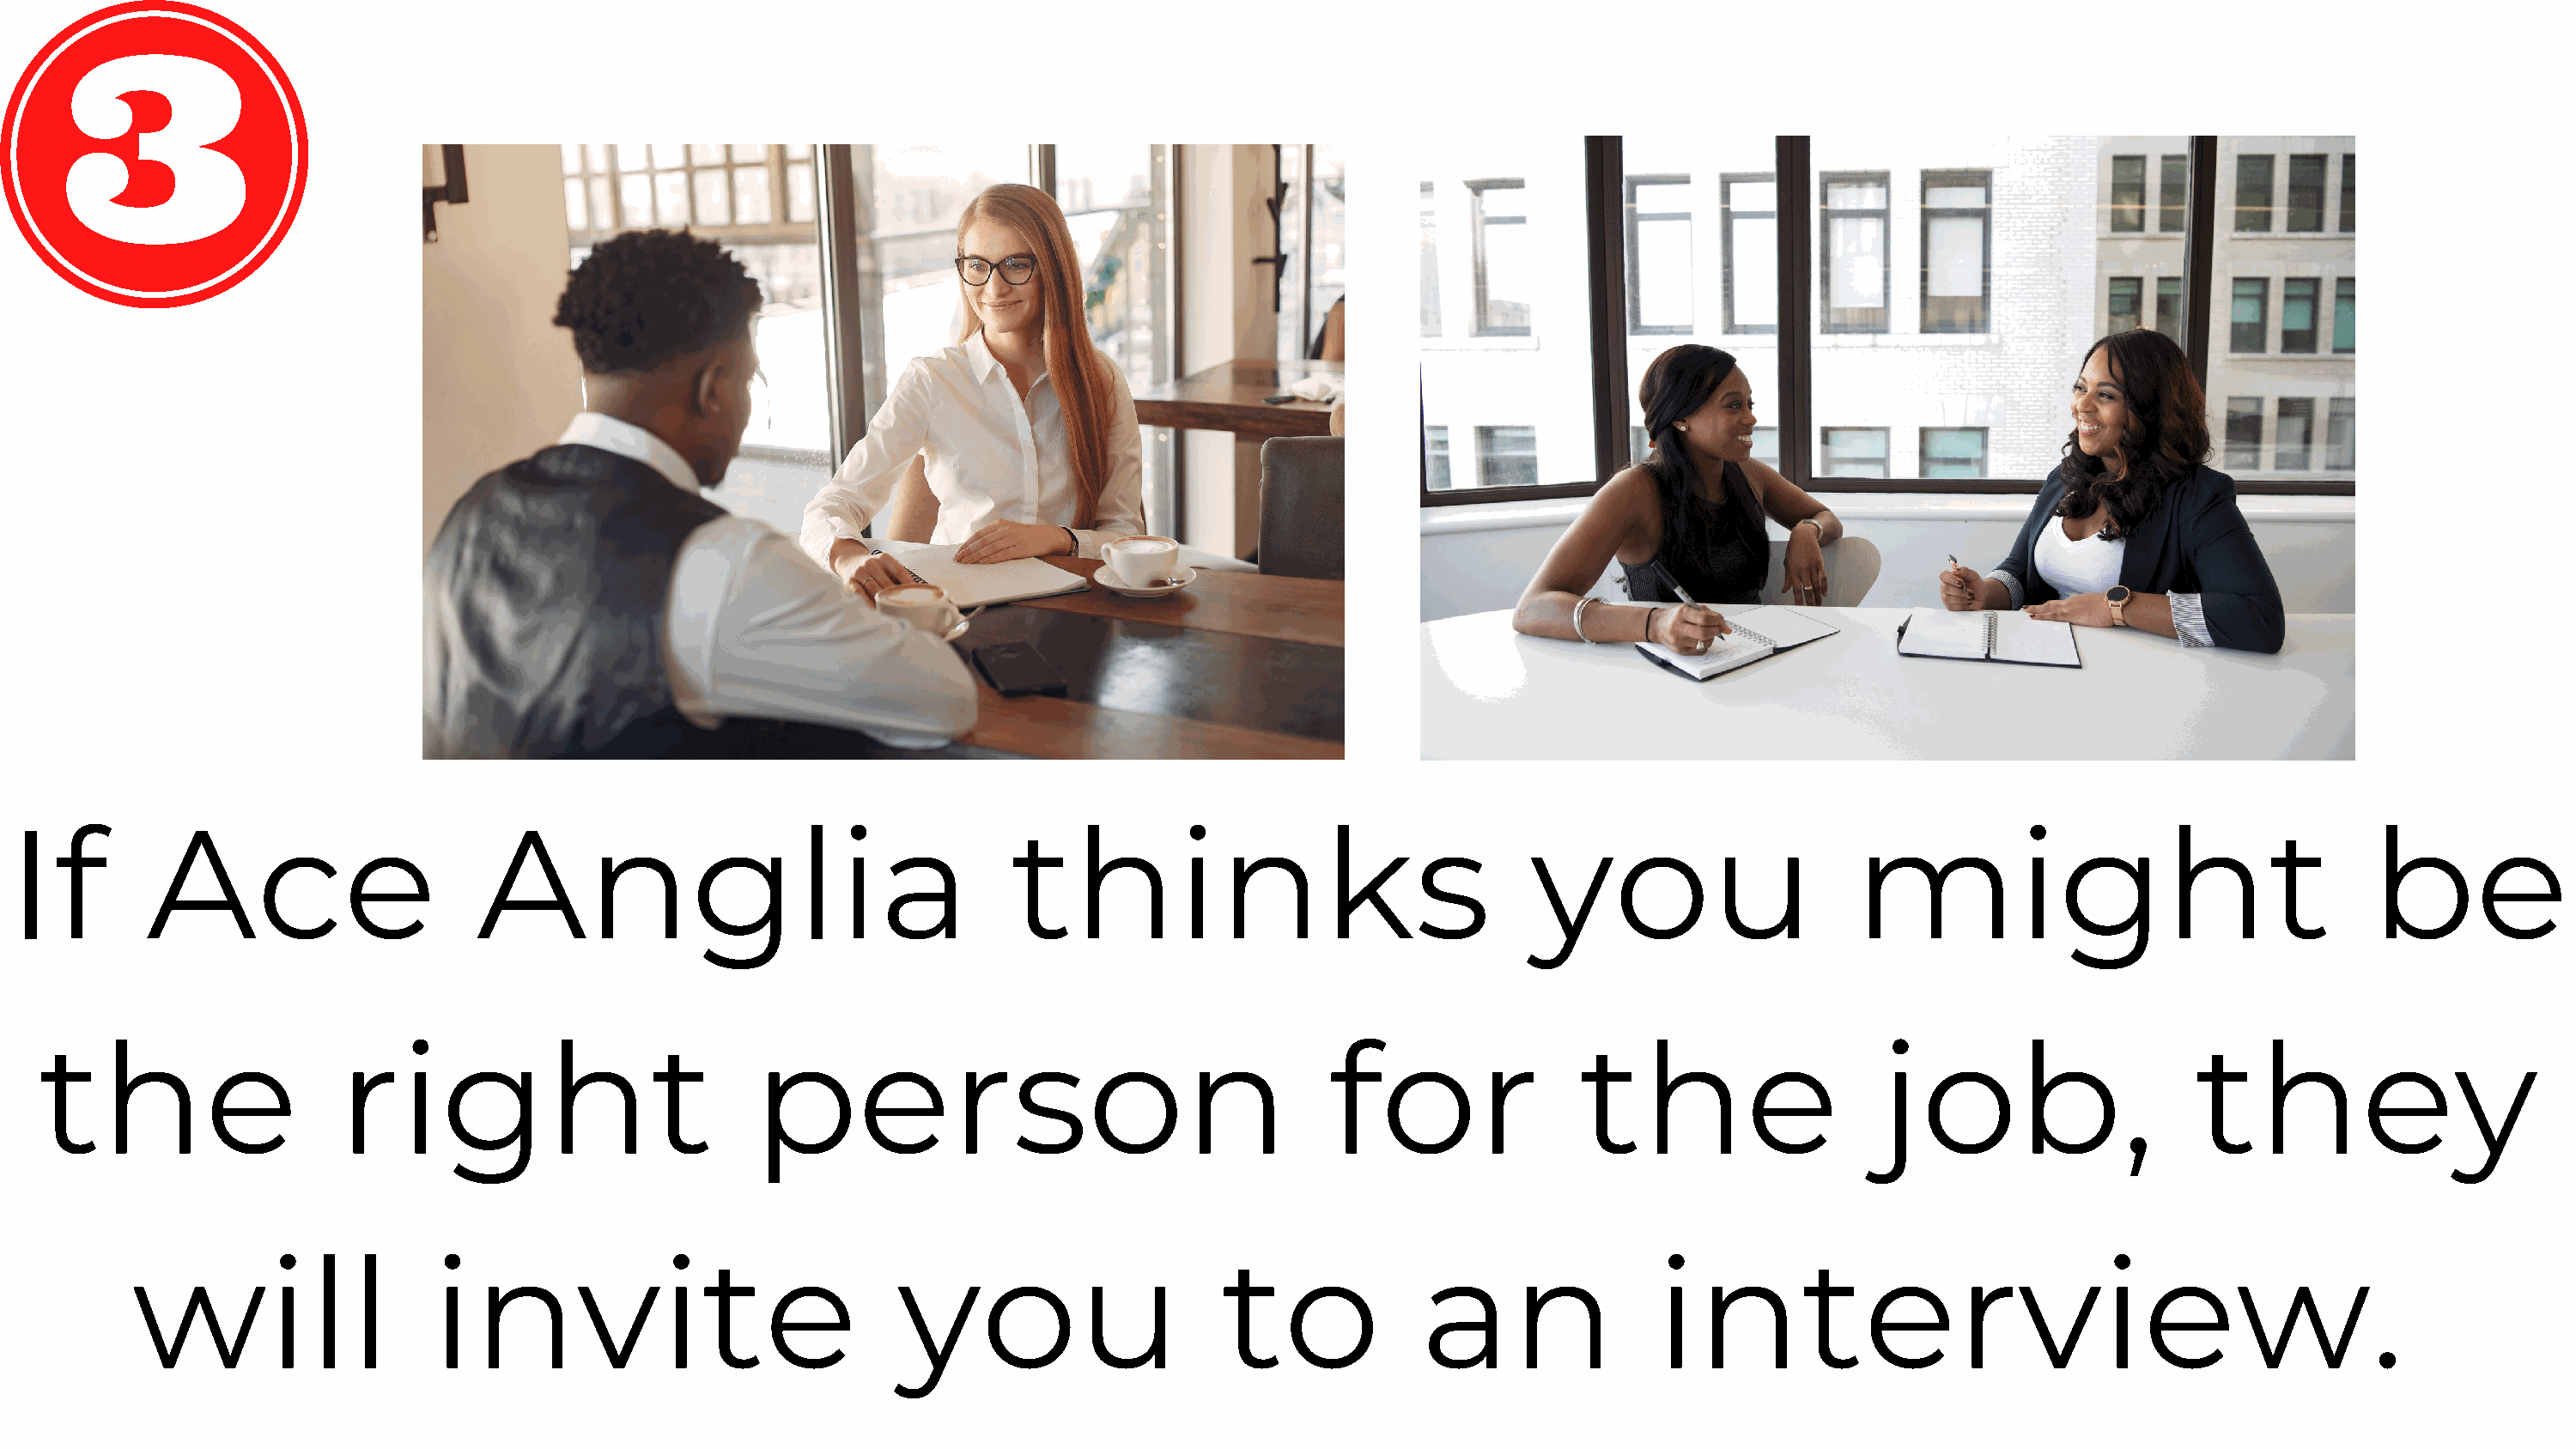
If        Ace                       Anglia                                   thinks                                  you                      might                                   be
 the                    right                           person                                      for                 the                    job,                    they
 will                   invite                              you                      to              an                interview.